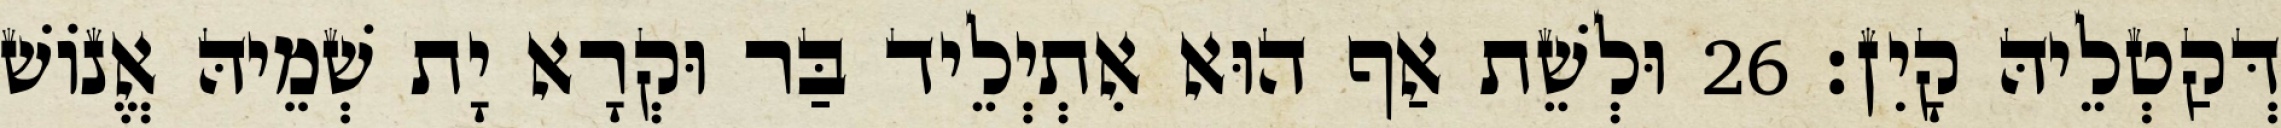
דְּקַטְלֵיהּ קָיִן׃ 26 וּלְשֵׁת אַף הוּא אִתְיְלֵיד בַּר וּקְרָא יָת שְׁמֵיהּ אֱנוֹשׁ